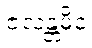
ဇလန္တမိဝ